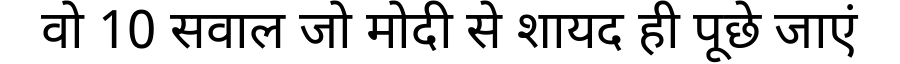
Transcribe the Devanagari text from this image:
वो 10 सवाल जो मोदी से शायद ही पूछे जाएं